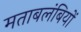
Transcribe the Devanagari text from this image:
मताबलंबियों